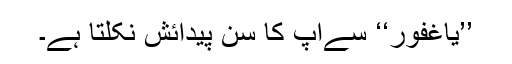
’’یاغفور‘‘ سےآپ کا سنِّ پیدائش نکلتا ہے۔